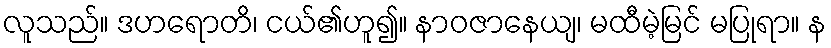
လူသည်။ ဒဟရောတိ၊ ငယ်၏ဟူ၍။ နာဝဇာနေယျ၊ မထီမဲ့မြင် မပြုရာ။ န